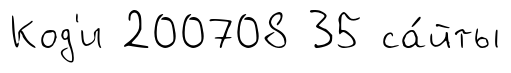
Код'и 200708 35 са́йты